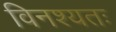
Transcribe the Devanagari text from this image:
विनश्यतः